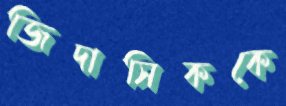
জিদাসিককে